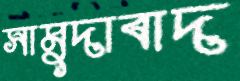
সামুদাবাদ